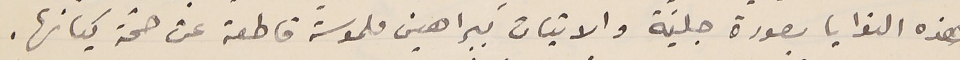
هذه النوايا بصورة جليّة والاثبات ببراهين ملموسة قاطعة عن صحّة كيانها.